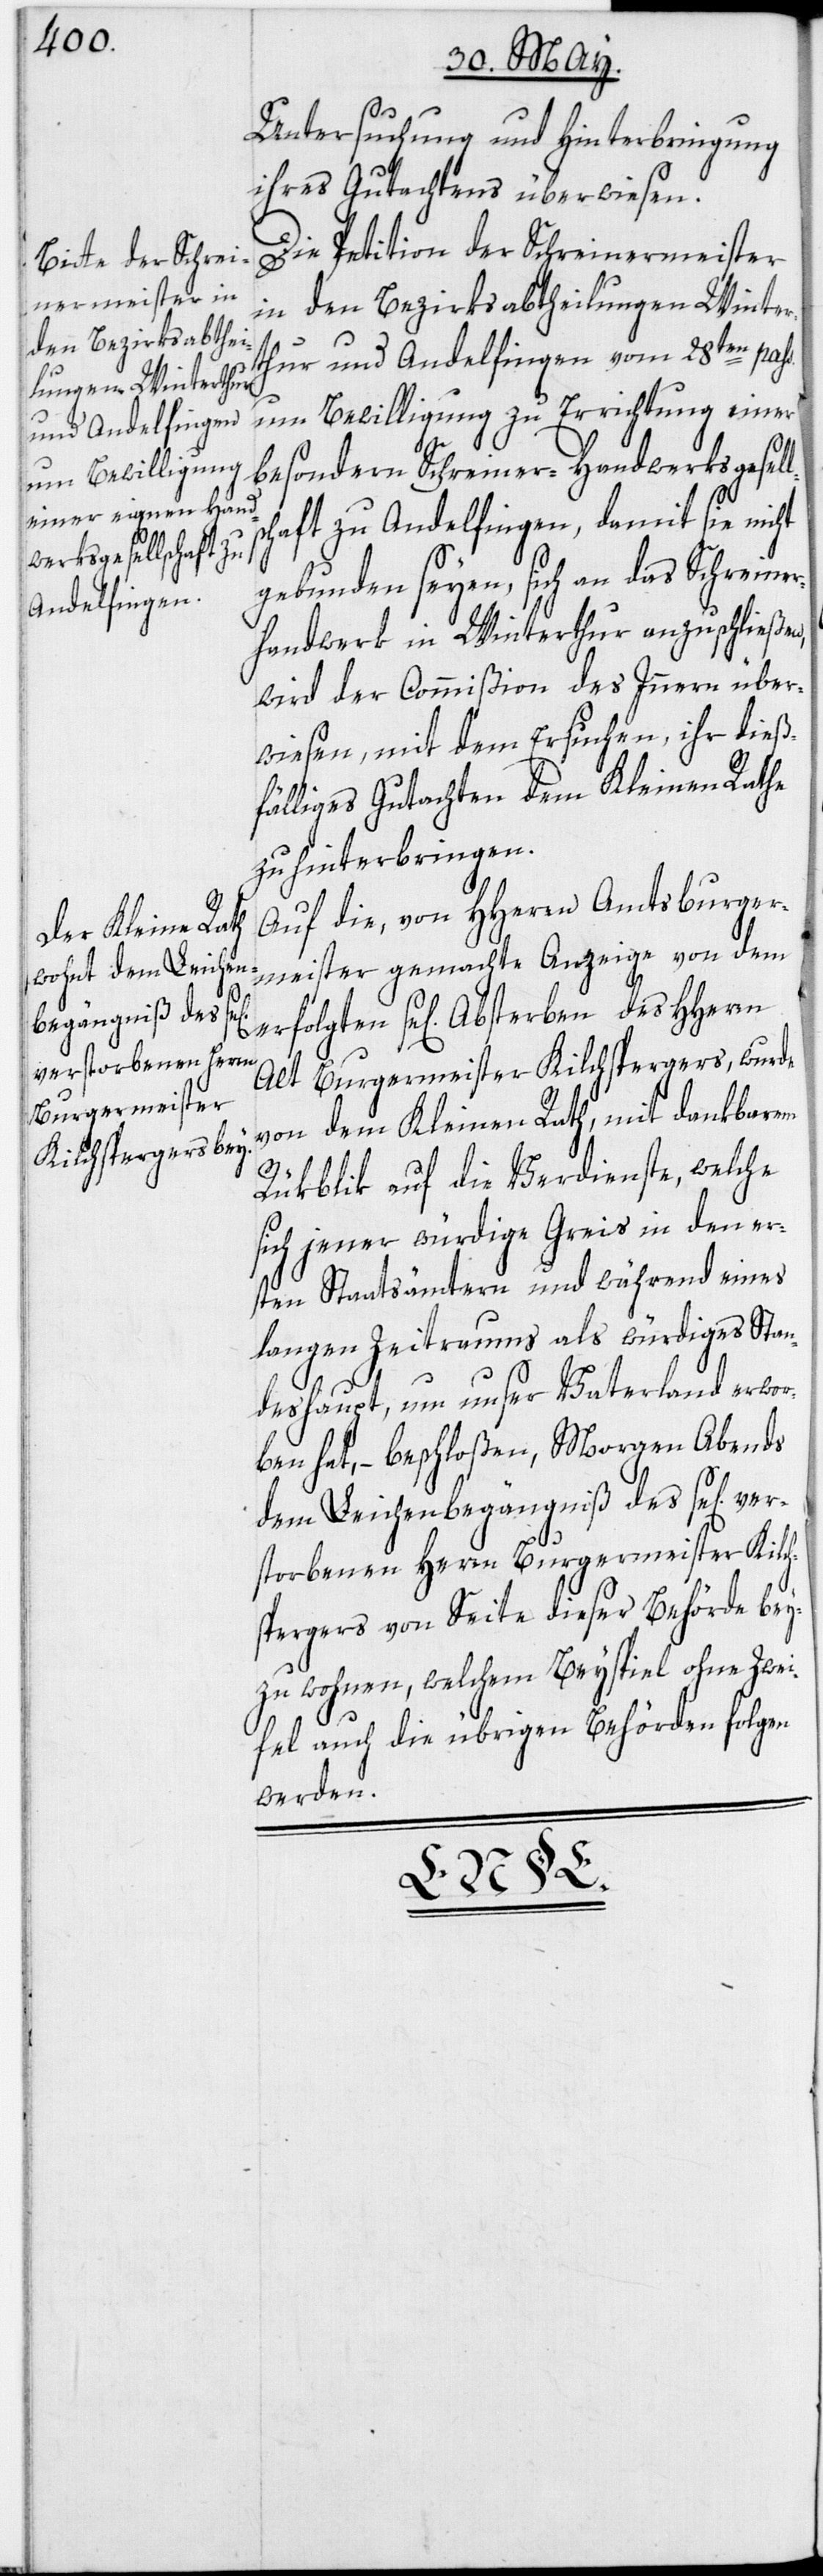
Untersuchung und Hinterbringung
ihres Gutachtens überwiesen.
Die Petition der Schreinermeister
in den Bezirksabtheilungen Winter¬
thur und Andelfingen vom 28ten pass.
um Bewilligung zu Errichtung einer
besondern Schreiner-Handwerksgesell¬
schaft zu Andelfingen, damit sie nicht
gebunden seyen, sich an das Schreiner¬
handwerk in Winterthur anzuschließen,
wird der Commißion des Innern über¬
wiesen, mit dem Ersuchen, ihr dieß¬
fälliges Gutachten dem Kleinen Rathe
zu hinterbringen.
Auf die, von HHerrn Amtsburger¬
meister gemachte Anzeige von dem
se[ligen] Absterben des HHerrn
Alt Burgermeister Kilchspergers, wurde
von dem Kleinen Rath, mit dankbarem
Rükblik auf die Verdienste, welche
sich jener würdige Greis in den er¬
sten Staatsämtern und während eines
langen Zeitraums als würdiges Stan¬
deshaupt, um unser Vaterland erwor¬
ben hat, – beschloßen, Morgen Abends
dem Leichenbegängniß des se[lig] ver¬
storbenen Herrn Burgermeister Kilch¬
spergers von Seite dieser Behörde bey¬
zuwohnen, welchem Beyspiel ohne Zwei¬
fel auch die übrigen Behörden folgen
werden.